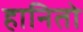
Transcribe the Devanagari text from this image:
हानितो